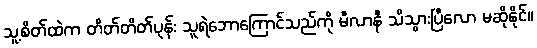
သူ့စိတ်ထဲက တိတ်တိတ်ပုန်း သူရဲဘောကြောင်သည်ကို မီလာနီ သိသွားပြီလော မဆိုနိုင်။